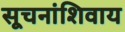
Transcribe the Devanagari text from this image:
सूचनांशिवाय